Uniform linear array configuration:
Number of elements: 24
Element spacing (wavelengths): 0.25
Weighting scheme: blackman
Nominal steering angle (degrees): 30
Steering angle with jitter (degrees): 30.109
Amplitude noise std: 0.05
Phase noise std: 0.05

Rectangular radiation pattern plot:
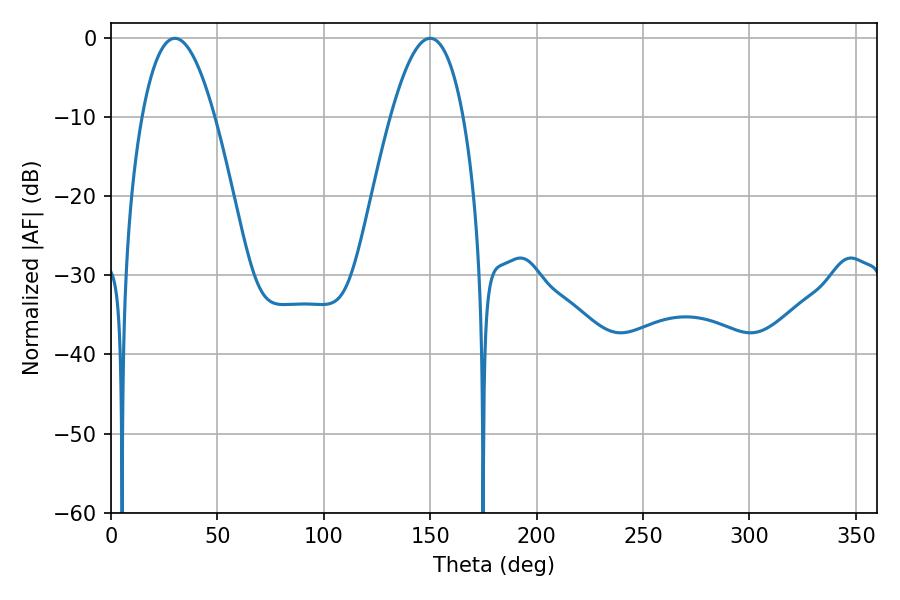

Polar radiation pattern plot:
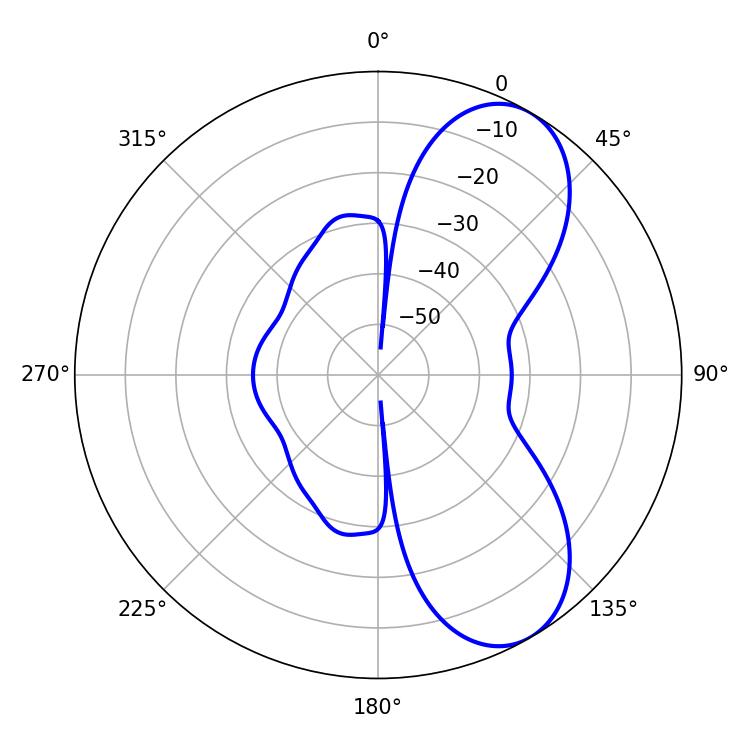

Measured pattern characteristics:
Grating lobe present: FALSE
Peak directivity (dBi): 7.462
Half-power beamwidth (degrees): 18.9
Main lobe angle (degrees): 30.06